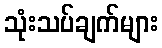
သုံးသပ်ချက်များ